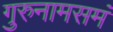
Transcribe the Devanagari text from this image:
गुरुनामसमं